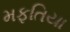
મફતિયા